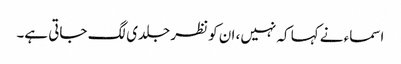
اسماء نے کہا کہ نہیں، ان کو نظر جلدی لگ جاتی ہے۔